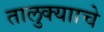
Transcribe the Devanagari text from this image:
तालुक्यााचे